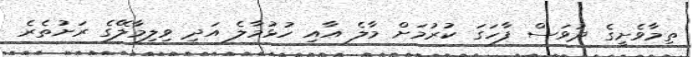
ތިމާވެށީގެ ދުވަސް ފާހަގަ ކުރުމަށް މާލެ އާއި ހުޅުމާލެ އަދި ވިލިމާލޭގެ ރަށުތެރެ